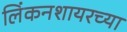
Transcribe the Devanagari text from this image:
लिंकनशायरच्या